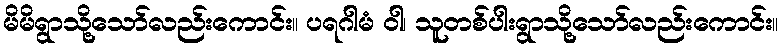
မိမိရွာသို့သော်လည်းကောင်း။ ပရဂါမံ ဝါ၊ သူတစ်ပါးရွာသို့သော်လည်းကောင်း။